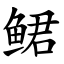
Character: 鲪